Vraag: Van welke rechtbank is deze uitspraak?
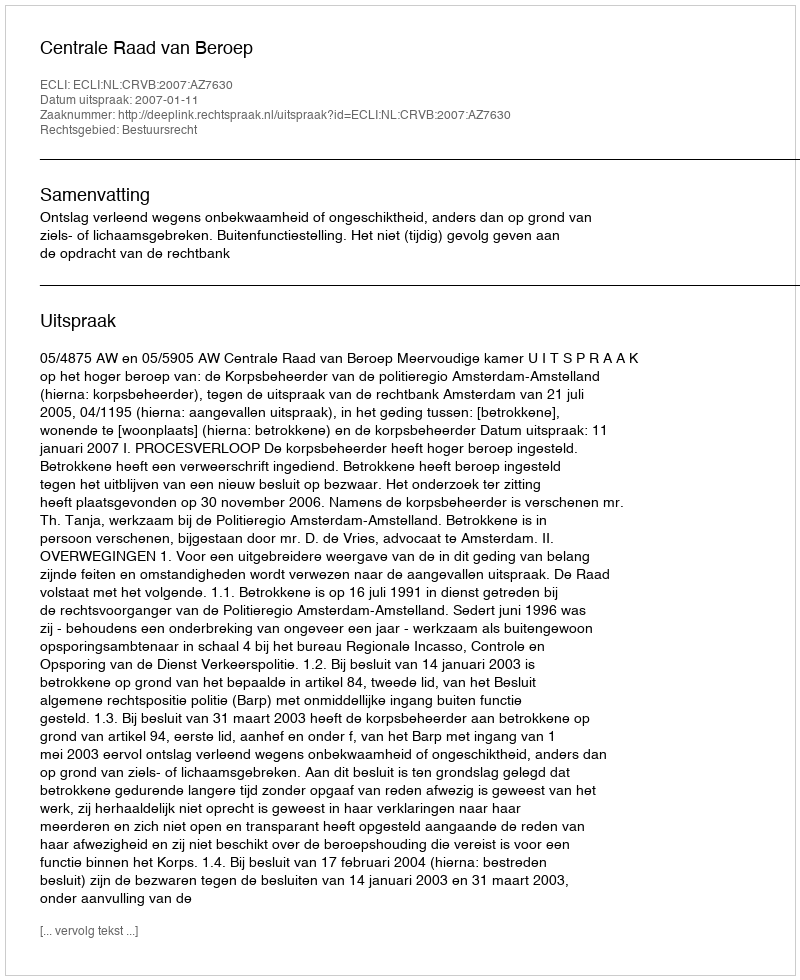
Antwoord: Centrale Raad van Beroep